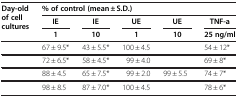
<table><thead><tr><td rowspan="3"><b>Day-old of cell cultures</b></td><td colspan="5"><b>% of control (mean ± S.D.)</b></td></tr><tr><td><b>IE</b></td><td><b>IE</b></td><td><b>UE</b></td><td><b>UE</b></td><td><b>TNF-a</b></td></tr><tr><td><b>1</b></td><td><b>10</b></td><td><b>1</b></td><td><b>10</b></td><td><b>25 ng/ml</b></td></tr></thead><tbody><tr><td>[EMPTY_CELL]</td><td>67 ± 9.5*</td><td>43 ± 5.5*</td><td>100 ± 4.5</td><td>[EMPTY_CELL]</td><td>54 ± 12*</td></tr><tr><td>[EMPTY_CELL]</td><td>72 ± 6.5*</td><td>58 ± 4.5*</td><td>99 ± 4.0</td><td>[EMPTY_CELL]</td><td>69 ± 8*</td></tr><tr><td>[EMPTY_CELL]</td><td>88 ± 4.5</td><td>65 ± 7.5*</td><td>99 ± 2.0</td><td>99 ± 5.5</td><td>74 ± 7*</td></tr><tr><td>[EMPTY_CELL]</td><td>98 ± 8.5</td><td>87 ± 7.0*</td><td>100 ± 4.5</td><td>[EMPTY_CELL]</td><td>78 ± 6*</td></tr></tbody></table>